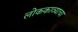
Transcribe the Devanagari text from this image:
लोककाव्याचा